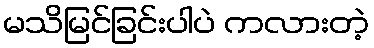
မသိမြင်ခြင်းပါပဲ ကလားတဲ့